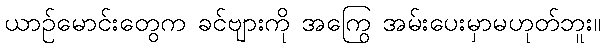
ယာဉ်မောင်းတွေက ခင်ဗျားကို အကြွေ အမ်းပေးမှာမဟုတ်ဘူး။